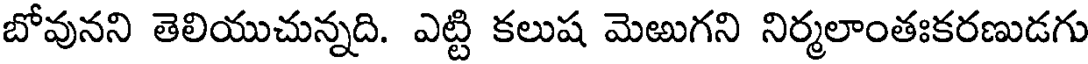
బోవునని తెలియుచున్నది. ఎట్టి కలుష మెఱుగని నిర్మలాంతఃకరణుడగు